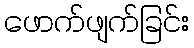
ဖောက်ဖျက်ခြင်း